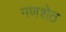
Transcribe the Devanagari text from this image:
गणशेठ